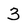
Character: 3